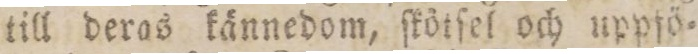
till deras kännedom, ſkötſel och uppfö=